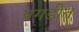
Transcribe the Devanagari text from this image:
पगडीत